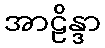
အာဠိန္ဒာ